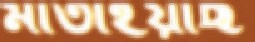
মাতাইয়াছ